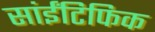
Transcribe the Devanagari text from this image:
सांईंटिफिक